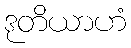
ဒုတိယာဟံ